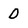
Character: 0